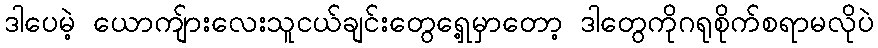
ဒါပေမဲ့ ယောကျ်ားလေးသူငယ်ချင်းတွေရှေ့မှာတော့ ဒါတွေကိုဂရုစိုက်စရာမလိုပဲ